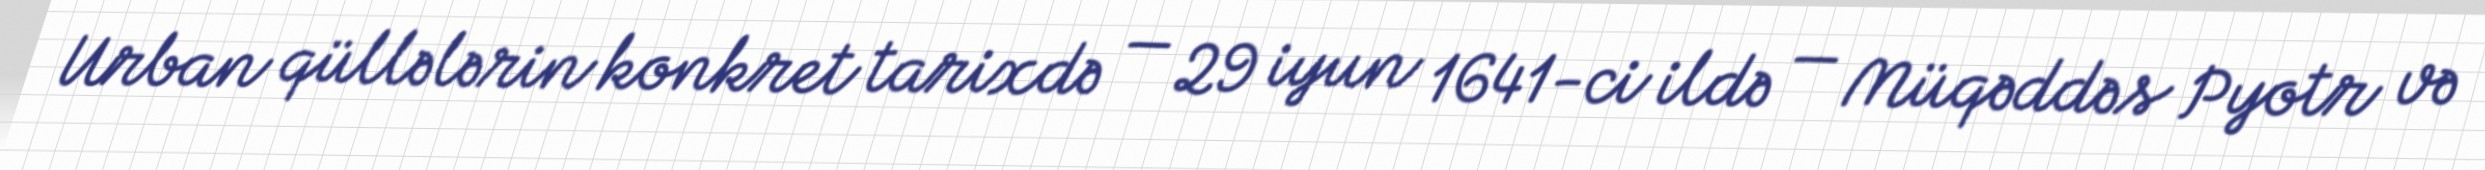
Urban qüllələrin konkret tarixdə — 29 iyun 1641-ci ildə — Müqəddəs Pyotr və